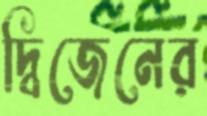
দ্বিজেনের